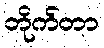
တိုက်တာ